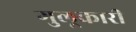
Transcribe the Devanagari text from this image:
गुलूकारी